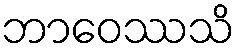
ဘာဝေဿသိ